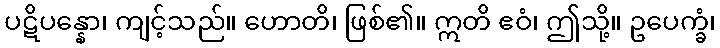
ပဋိပန္နော၊ ကျင့်သည်။ ဟောတိ၊ ဖြစ်၏။ ဣတိ ဧဝံ၊ ဤသို့။ ဥပေက္ခံ၊